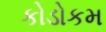
કોડોકમ